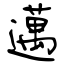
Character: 邁